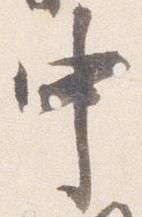
中